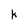
Character: k